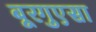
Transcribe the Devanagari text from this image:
बूरगुएसा